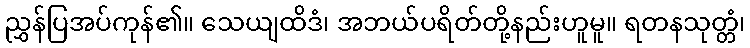
ညွှန်ပြအပ်ကုန်၏။ သေယျထိဒံ၊ အဘယ်ပရိတ်တို့နည်းဟူမူ။ ရတနသုတ္တံ၊